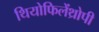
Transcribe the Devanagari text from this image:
थियोफिलेंथ्रोपी